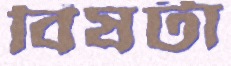
বিষটা